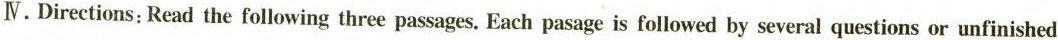
Ⅳ.Directions; Read the following three passages. Each pasage is followed by several questions or unfinished